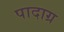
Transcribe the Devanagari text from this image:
पादाग्र